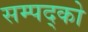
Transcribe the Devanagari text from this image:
सम्पद्को